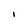
Character: I